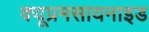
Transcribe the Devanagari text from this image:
क्यूप्रमसायनाइड